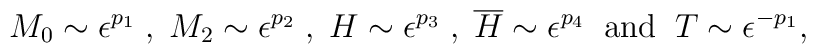
M_{0} \sim \epsilon^{p_{1}}\; ,\; M_{2} \sim \epsilon^{p_{2}}\;,\;    H \sim \epsilon^{p_{3}}\;,\;\overline{H} \sim \epsilon^{p_{4}}\;\;\mbox{and}\;\; T \sim \epsilon^{-p_{1}} ,